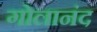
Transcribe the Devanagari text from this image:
गोलानंद